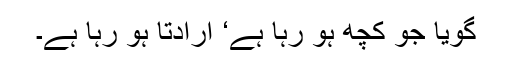
گویا جو کچھ ہو رہا ہے‘ ارادتاً ہو رہا ہے۔